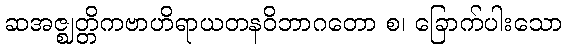
ဆအဇ္ဈတ္တိကဗာဟိရာယတနဝိဘာဂတော စ၊ ခြောက်ပါးသော